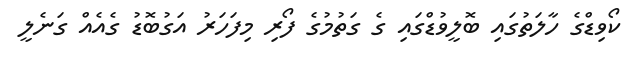
ކޯވިޑްގެ ހާލަތުގައި ބޮލީވުޑްގައި ގެ ގަތުމުގެ ފޯރި މިފަހަރު އަގުބޮޑު ގެއެއް ގަނެލީ